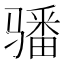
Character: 𩨏